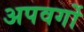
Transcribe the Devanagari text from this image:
अपवर्गो